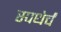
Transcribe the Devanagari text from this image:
स्पधेर्चं